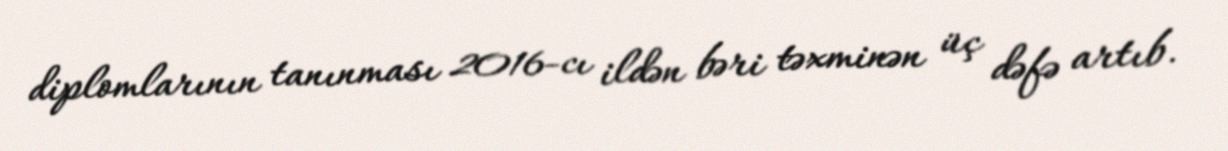
diplomlarının tanınması 2016-cı ildən bəri təxminən üç dəfə artıb.